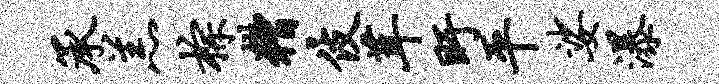
承羔棕糟伎茸盱平娑瀑